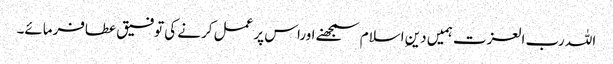
اللہ رب العزت ہمیں دینِ اسلام سمجھنے اوراس پر عمل کرنے کی توفیق عطافرمائے۔